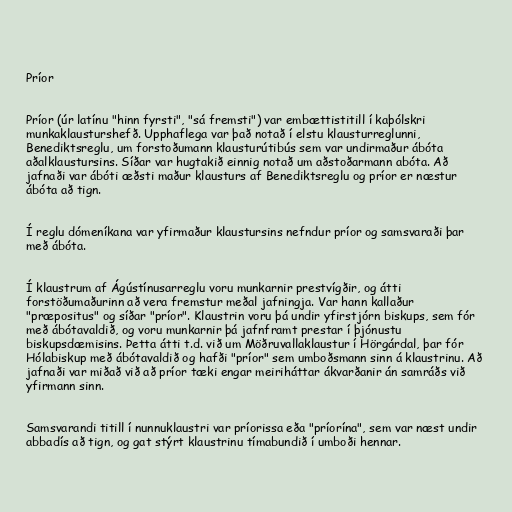
Príor

Príor (úr latínu "hinn fyrsti", "sá fremsti") var embættistitill í kaþólskri
munkaklausturshefð. Upphaflega var það notað í elstu klausturreglunni,
Benediktsreglu, um forstoðumann klausturútibús sem var undirmaður ábóta
aðalklaustursins. Síðar var hugtakið einnig notað um aðstoðarmann abóta. Að
jafnaði var ábóti æðsti maður klausturs af Benediktsreglu og príor er næstur
ábóta að tign.

Í reglu dómeníkana var yfirmaður klaustursins nefndur príor og samsvaraði þar
með ábóta.

Í klaustrum af Ágústínusarreglu voru munkarnir prestvígðir, og átti
forstöðumaðurinn að vera fremstur meðal jafningja. Var hann kallaður
"præpositus" og síðar "príor". Klaustrin voru þá undir yfirstjórn biskups, sem fór
með ábótavaldið, og voru munkarnir þá jafnframt prestar í þjónustu
biskupsdæmisins. Þetta átti t.d. við um Möðruvallaklaustur í Hörgárdal, þar fór
Hólabiskup með ábótavaldið og hafði "príor" sem umboðsmann sinn á klaustrinu. Að
jafnaði var miðað við að príor tæki engar meiriháttar ákvarðanir án samráðs við
yfirmann sinn.

Samsvarandi titill í nunnuklaustri var príorissa eða "príorína", sem var næst undir
abbadís að tign, og gat stýrt klaustrinu tímabundið í umboði hennar.